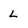
Character: L